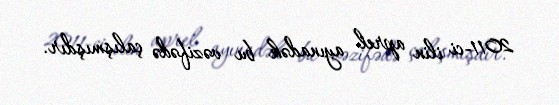
2011-ci ilin aprel ayınadək bu vəzifədə çalışmışdır.